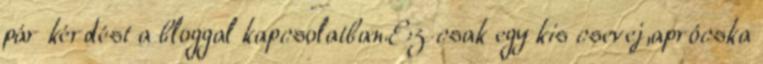
pár kérdést a bloggal kapcsolatban.Ez csak egy kis csevej,aprócska